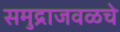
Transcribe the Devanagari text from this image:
समुद्राजवळचे